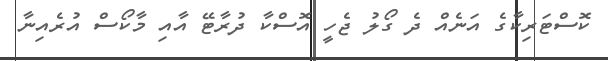
ކޮސްޓަރިކާގެ އަނެއް ދެ ގޯލު ޖެހީ އޮސްކާ ދުރާޓޭ އާއި މާކޯސް އުރެއިނާ